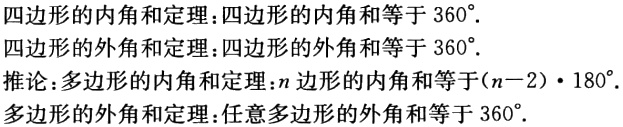
四边形的内角和定理：四边形的内角和等于 \(360^{\circ}\).
四边形的外角和定理：四边形的外角和等于 \(360^{\circ}\).
推论：多边形的内角和定理：\(n\)边形的内角和等于 \((n - 2)\cdot180^{\circ}\).
多边形的外角和定理：任意多边形的外角和等于 \(360^{\circ}\).